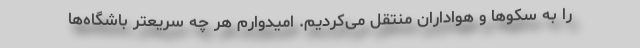
را به سکوها و هواداران منتقل می‌کردیم. امیدوارم هر چه سریعتر باشگاه‌ها